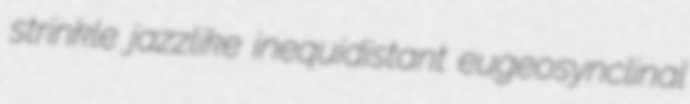
strinkle jazzlike inequidistant eugeosynclinal